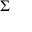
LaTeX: \Sigma _ { } ^ { }